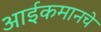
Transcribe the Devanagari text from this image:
आईकमानचे